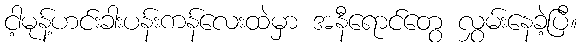
ငါ့မုန့်ဟင်းခါးပန်းကန်လေးထဲမှာ အနီရောင်တွေ လွှမ်းနေခဲ့ပြီ။